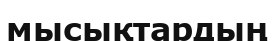
мысықтардың